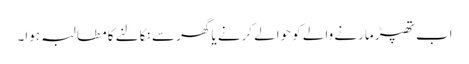
اب تھپڑ مارنے والے کو حوالے کرنے یا گھر سے نکالنے کا مطالبہ ہوا۔